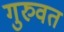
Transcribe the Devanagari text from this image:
गुरुवत